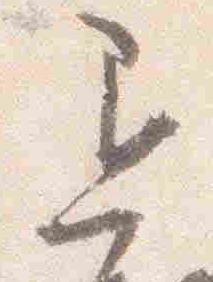
退